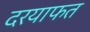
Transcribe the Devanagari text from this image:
दरयाफत